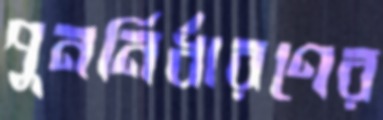
পুনর্নির্ধারণের